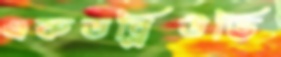
এফডব্লিউভি